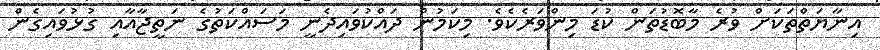
އިނާޔަތްތަކަށް ވުރެ މާބޮޑުތަން ކުޑަ މިންވަރެކެވެ. މިކަމުން ދައްކުވައިދެނީ މަސައްކަތުގެ ނަތީޖާއާއި ގުޅުވައިގެން